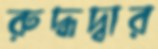
রুদ্ধদ্বার